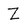
Character: Z